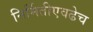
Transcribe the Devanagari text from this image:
निर्मितीएवढेच